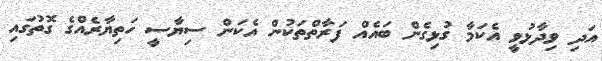
އަދި ވިދާޅުވީ އެކަމާ ގުޅިގެން ބައެއް ފަރާތްތަކުން އެކަން ސިޔާސީ ހަތިޔާރެއްގެ ގޮތުގައި